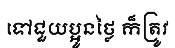
ទៅជួយប្អូនថ្លៃ ក៏ត្រូវ